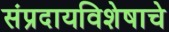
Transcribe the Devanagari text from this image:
संप्रदायविशेषाचे